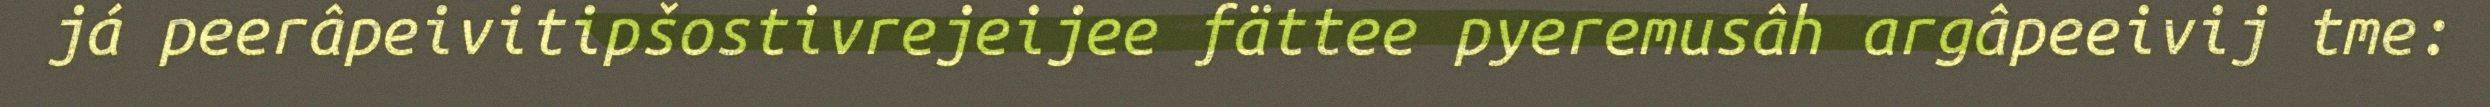
já peerâpeivitipšostivrejeijee fättee pyeremusâh argâpeeivij tme: